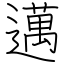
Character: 邁